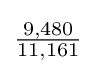
{\tfrac {9,480}{11,161}}